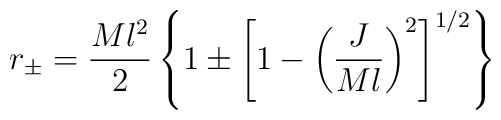
r_{\pm} = {{Ml^2} \over 2} \left \{ 1 \pm \left [    1 - \left ( {J \over Ml} \right )^2 \right ]^{1/2} \right \}